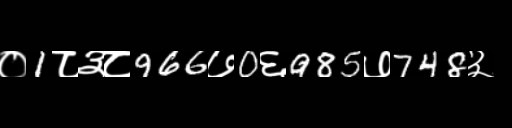
Text: ०1८३८966७0६985७748३